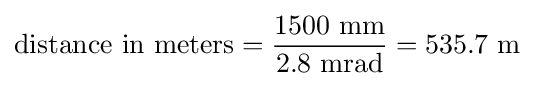
{\text{distance in meters}}={\frac {1500{\text{ mm}}}{2.8{\text{ mrad}}}}=535.7{\text{ m}}